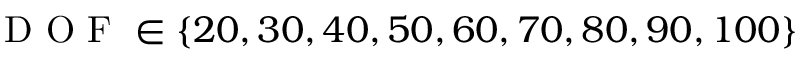
\mathrm { ~ D ~ O ~ F ~ } \in \{ 2 0 , 3 0 , 4 0 , 5 0 , 6 0 , 7 0 , 8 0 , 9 0 , 1 0 0 \}